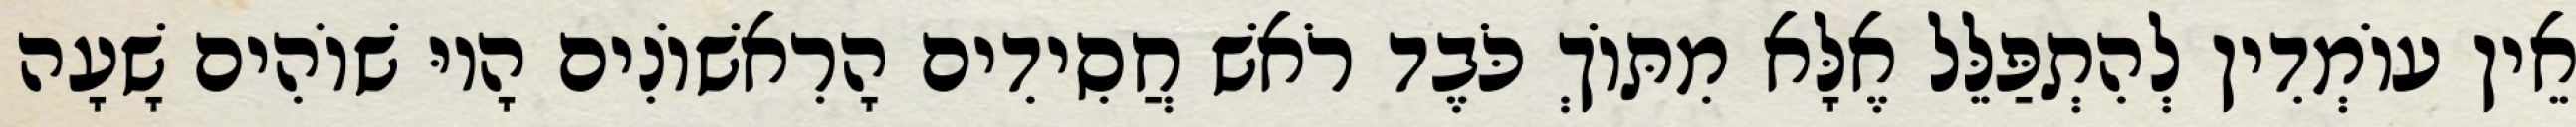
אֵין עוֹמְדִין לְהִתְפַּלֵּל אֶלָּא מִתּוֹךְ כֹּבֶד רֹאשׁ חֲסִידִים הָרִאשׁוֹנִים הָיוּ שׁוֹהִים שָׁעָה